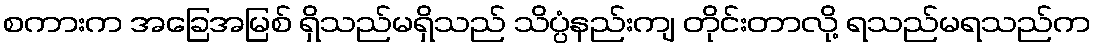
စကားက အခြေအမြစ် ရှိသည်မရှိသည် သိပ္ပံနည်းကျ တိုင်းတာလို့ ရသည်မရသည်က